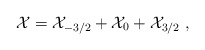
\begin{align*}{\cal X} = {\cal X}_{-3/2} + {\cal X}_0 + {\cal X}_{3/2} \ ,\end{align*}